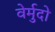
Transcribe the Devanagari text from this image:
वेर्मुदो